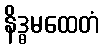
နိဒ္ဓမထေတံ